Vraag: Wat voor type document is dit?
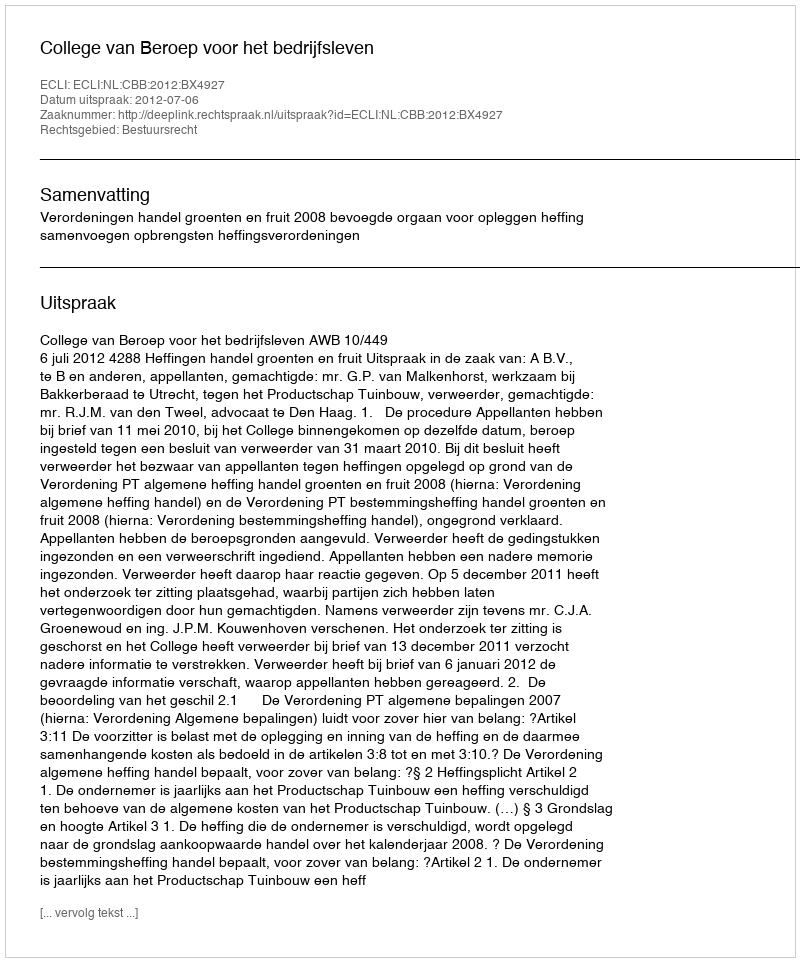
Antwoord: Uitspraak